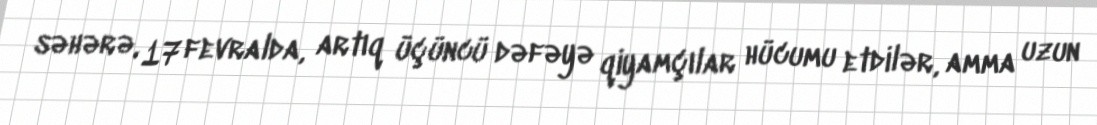
səhərə, 17 fevralda, artıq üçüncü dəfəyə qiyamçılar hücumu etdilər, amma uzun